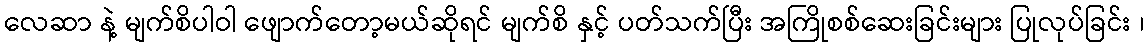
လေဆာ နဲ့ မျက်စိပါဝါ ဖျောက်တော့မယ်ဆိုရင် မျက်စိ နှင့် ပတ်သက်ပြီး အကြိုစစ်ဆေးခြင်းများ ပြုလုပ်ခြင်း ၊